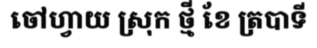
ចៅហ្វាយ ស្រុក ថ្មី ខែ ត្របាទី